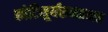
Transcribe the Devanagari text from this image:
कोटिसूर्यसमप्रभ॥